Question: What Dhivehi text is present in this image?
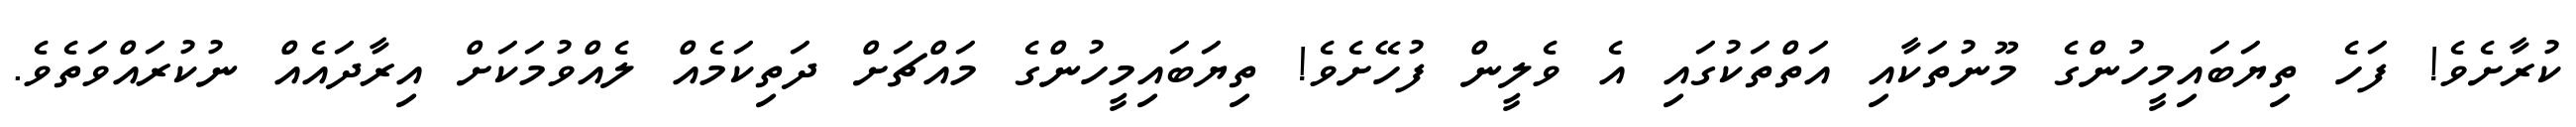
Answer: ކުރާށެވެ! ފަހެ ތިޔަބައިމީހުންގެ މޫނުތަކާއި އަތްތަކުގައި އެ ވެލީން ފުހޭށެވެ! ތިޔަބައިމީހުންގެ މައްޗަށް ދަތިކަމެއް ލެއްވުމަކަށް އިރާދައެއް ނުކުރައްވަތެވެ.